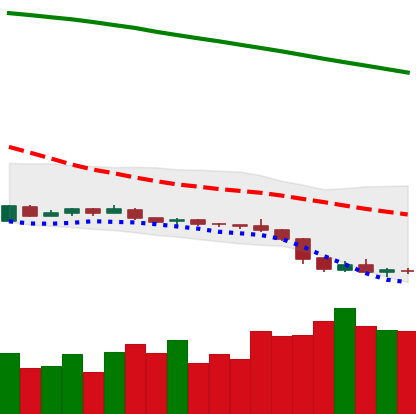
Ticker: XLM-USD
Chart end date: 2019-02-02
Forward return: -10.112%
Label: down_7plus